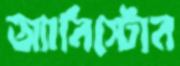
অ্যানিস্টোন